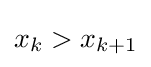
x_{k}>x_{k+1}